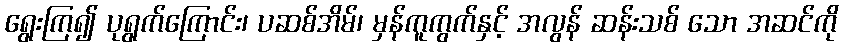
ရွေးကြ၍ ပုရွက်ကြောင်း၊ ပဆစ်အိမ်၊ မှန်ကူကွက်နှင့် အလွန် ဆန်းသစ် သော အဆင်ကို